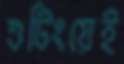
শুটিংয়েই